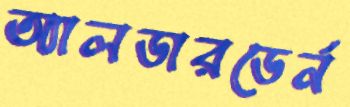
অ্যালডারডের্ন